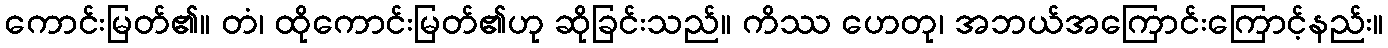
ကောင်းမြတ်၏။ တံ၊ ထိုကောင်းမြတ်၏ဟု ဆိုခြင်းသည်။ ကိဿ ဟေတု၊ အဘယ်အကြောင်းကြောင့်နည်း။